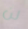
لن